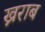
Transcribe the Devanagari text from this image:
ख्नराब